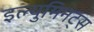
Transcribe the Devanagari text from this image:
इल्युमिनट्स